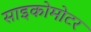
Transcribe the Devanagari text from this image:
साइकोमोटर